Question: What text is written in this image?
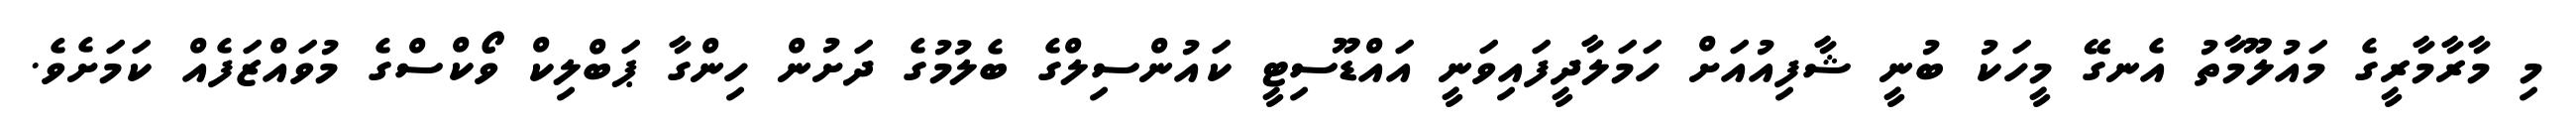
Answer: މި މާރާމާރީގެ މައުލޫމާތު އެނގޭ މީހަކު ބުނީ ޝާފިއުއަށް ހަމަލާދީފައިވަނީ އައްޑޫސިޓީ ކައުންސިލްގެ ބެލުމުގެ ދަށުން ހިންގާ ޕަބްލިކް ވޯކްސްގެ މުވައްޒަފެއް ކަމަށެވެ.